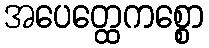
အပေတ္ထေကစ္စော